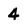
Character: 4